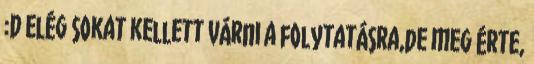
:D Elég sokat kellett várni a folytatásra,de meg érte,